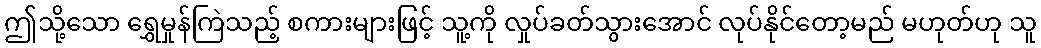
ဤသို့သော ရွှေမှုန်ကြဲသည့် စကားများဖြင့် သူ့ကို လှုပ်ခတ်သွားအောင် လုပ်နိုင်တော့မည် မဟုတ်ဟု သူ